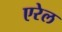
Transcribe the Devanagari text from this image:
एरेल